Piroplasma canis and its life cycle in the tick - Number 29
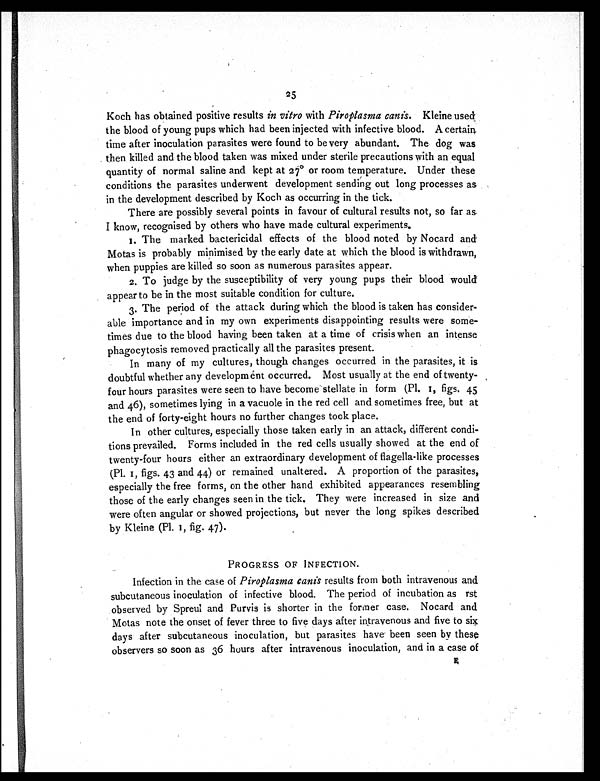
25
Koch has obtained positive results in vitro with Piroplasma canis. Kleine used
the blood of young pups which had been injected with infective blood. A certain
time after inoculation parasites were found to be very abundant. The dog was
then killed and the blood taken was mixed under sterile precautions with an equal
quantity of normal saline and kept at 27° or room temperature. Under these
conditions the parasites underwent development sending out long processes as
in the development described by Koch as occurring in the tick.
There are possibly several points in favour of cultural results not, so far as
I know, recognised by others who have made cultural experiments.
1. The marked bactericidal effects of the blood noted by Nocard and
Motas is probably minimised by the early date at which the blood is withdrawn,
when puppies are killed so soon as numerous parasites appear.
2. To judge by the susceptibility of very young pups their blood would
appear to be in the most suitable condition for culture.
3. The period of the attack during which the blood is taken has consider-
able importance and in my own experiments disappointing results were some-
times due to the blood having been taken at a time of crisis when an intense
phagocytosis removed practically all the parasites present.
In many of my cultures, though changes occurred in the parasites, it is
doubtful whether any development occurred. Most usually at the end of twenty-
four hours parasites were seen to have become stellate in form (Pl. 1, figs. 45
and 46), sometimes lying in a vacuole in the red cell and sometimes free, but at
the end of forty-eight hours no further changes took place.
In other cultures, especially those taken early in an attack, different condi-
tions prevailed. Forms included in the red cells usually showed at the end of
twenty-four hours either an extraordinary development of flagella-like processes
(Pl. 1, figs. 43 and 44) or remained unaltered. A proportion of the parasites,
especially the free forms, on the other hand exhibited appearances resembling
those of the early changes seen in the tick. They were increased in size and
were often angular or showed projections, but never the long spikes described
by Kleine (Pl. 1, fig. 47).
PROGRESS OF INFECTION.
Infection in the case of Piroplasma canis results from both intravenous and
subcutaneous inoculation of infective blood. The period of incubation as rst
observed by Spreul and Purvis is shorter in the former case. Nocard and
Motas note the onset of fever three to five days after intravenous and five to six
days after subcutaneous inoculation, but parasites have been seen by these
observers so soon as 36 hours after intravenous inoculation, and in a case of
E